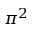
\pi ^ { 2 }